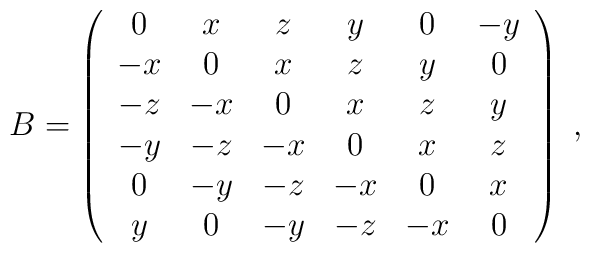
B=\left(\begin{array}{ccccccccr}0&x&z&y&0&-y\\-x&0&x&z&y&0\\-z&-x&0&x&z&y\\-y&-z&-x&0&x&z\\0&-y&-z&-x&0&x\\y&0&-y&-z&-x&0 \end{array}\right)\;,